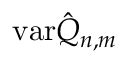
\mathrm { v a r } \hat { Q } _ { n , m }